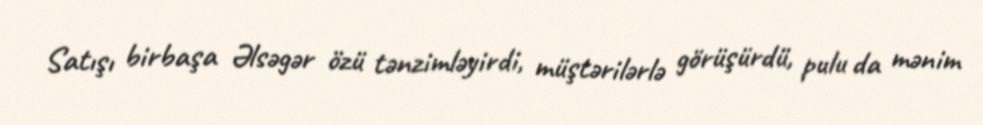
Satışı birbaşa Əlsəgər özü tənzimləyirdi, müştərilərlə görüşürdü, pulu da mənim